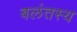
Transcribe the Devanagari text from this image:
बलंतस्य